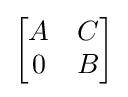
{\begin{bmatrix}A&C\\0&B\end{bmatrix}}